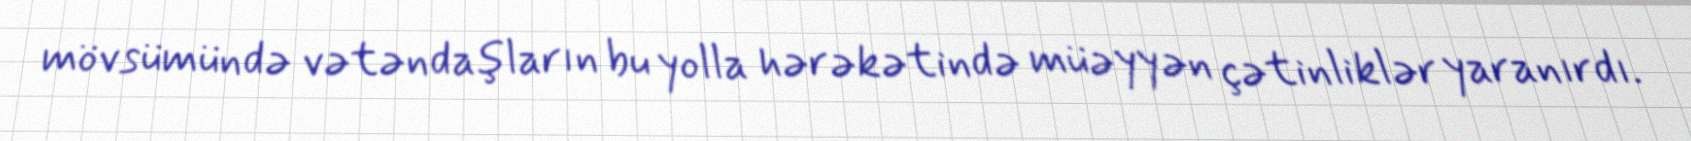
mövsümündə vətəndaşların bu yolla hərəkətində müəyyən çətinliklər yaranırdı.